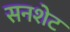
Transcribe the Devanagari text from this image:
सनशेट